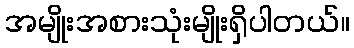
အမျိုးအစားသုံးမျိုးရှိပါတယ်။